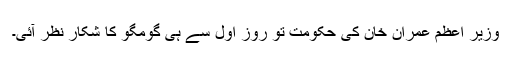
وزیر اعظم عمران خان کی حکومت تو روزِ اول سے ہی گومگو کا شکار نظر آئی۔